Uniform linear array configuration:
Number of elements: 16
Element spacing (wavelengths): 0.75
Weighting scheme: uniform
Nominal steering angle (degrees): -45
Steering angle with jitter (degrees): -43.781
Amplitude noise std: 0.05
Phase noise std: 0.05

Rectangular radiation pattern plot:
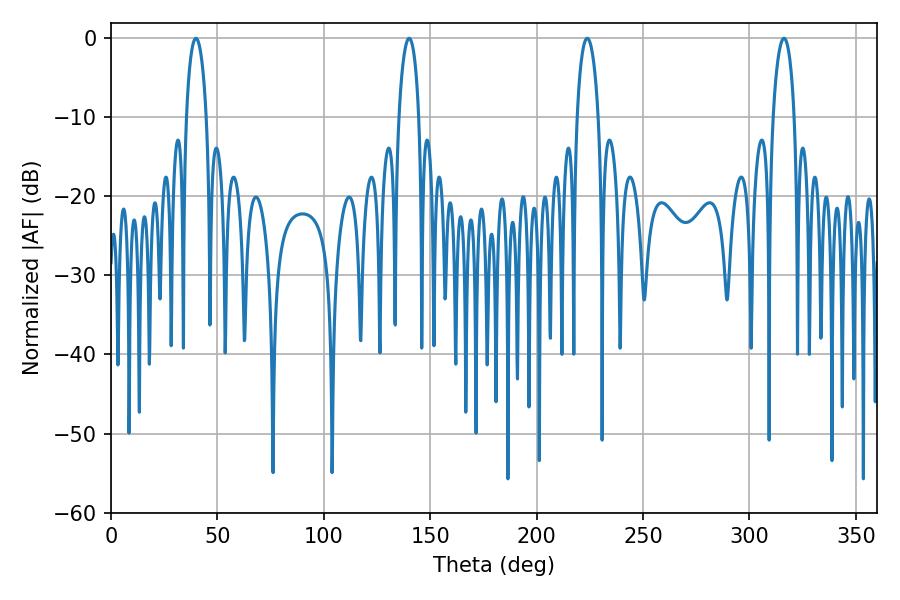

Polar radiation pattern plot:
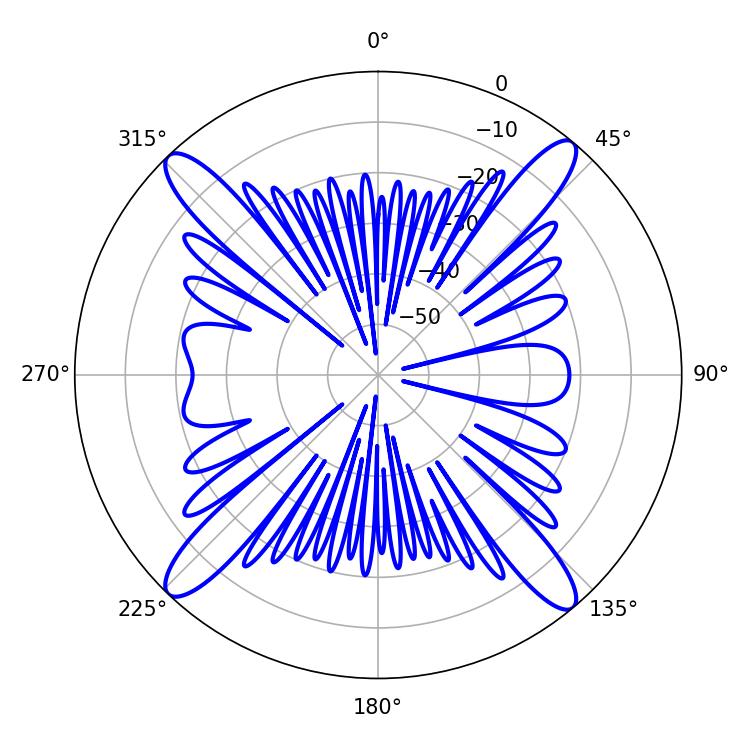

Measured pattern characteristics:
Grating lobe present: TRUE
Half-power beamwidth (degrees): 5.58
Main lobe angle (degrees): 223.74